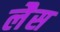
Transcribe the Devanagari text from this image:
लेैस